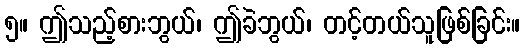
၅။ ဤသည့်စားဘွယ်၊ ဤခဲဘွယ်၊ တင့်တယ်သူဖြစ်ခြင်း။